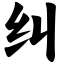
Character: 纠